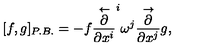
[ f , g ] _ { P . B . } = - f \displaystyle \frac { \stackrel { \leftarrow } { \partial } } { \partial x ^ { i } } ^ { i } \omega ^ { j } \displaystyle \frac { \stackrel { \rightarrow } { \partial } } { \partial x ^ { j } } g ,